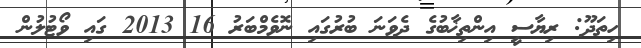
ހިތަދޫ: ރިޔާސީ އިންތިޚާބުގެ ދެވަނަ ބުރުގައި ނޮވެމްބަރު 16 2013 ގައި ވޯޓުލުން